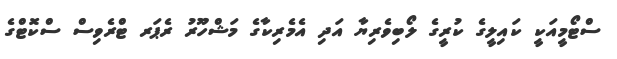
ސްޓޯމީއަކީ ކައިލީގެ ކުރީގެ ލޯބިވެރިޔާ އަދި އެމެރިކާގެ މަޝްހޫރު ރެޕަރ ޓްރެވިސް ސްކޮޓްގެ